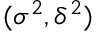
( \sigma ^ { 2 } , \delta ^ { 2 } )